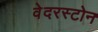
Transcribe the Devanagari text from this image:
वेदरस्‍टोन